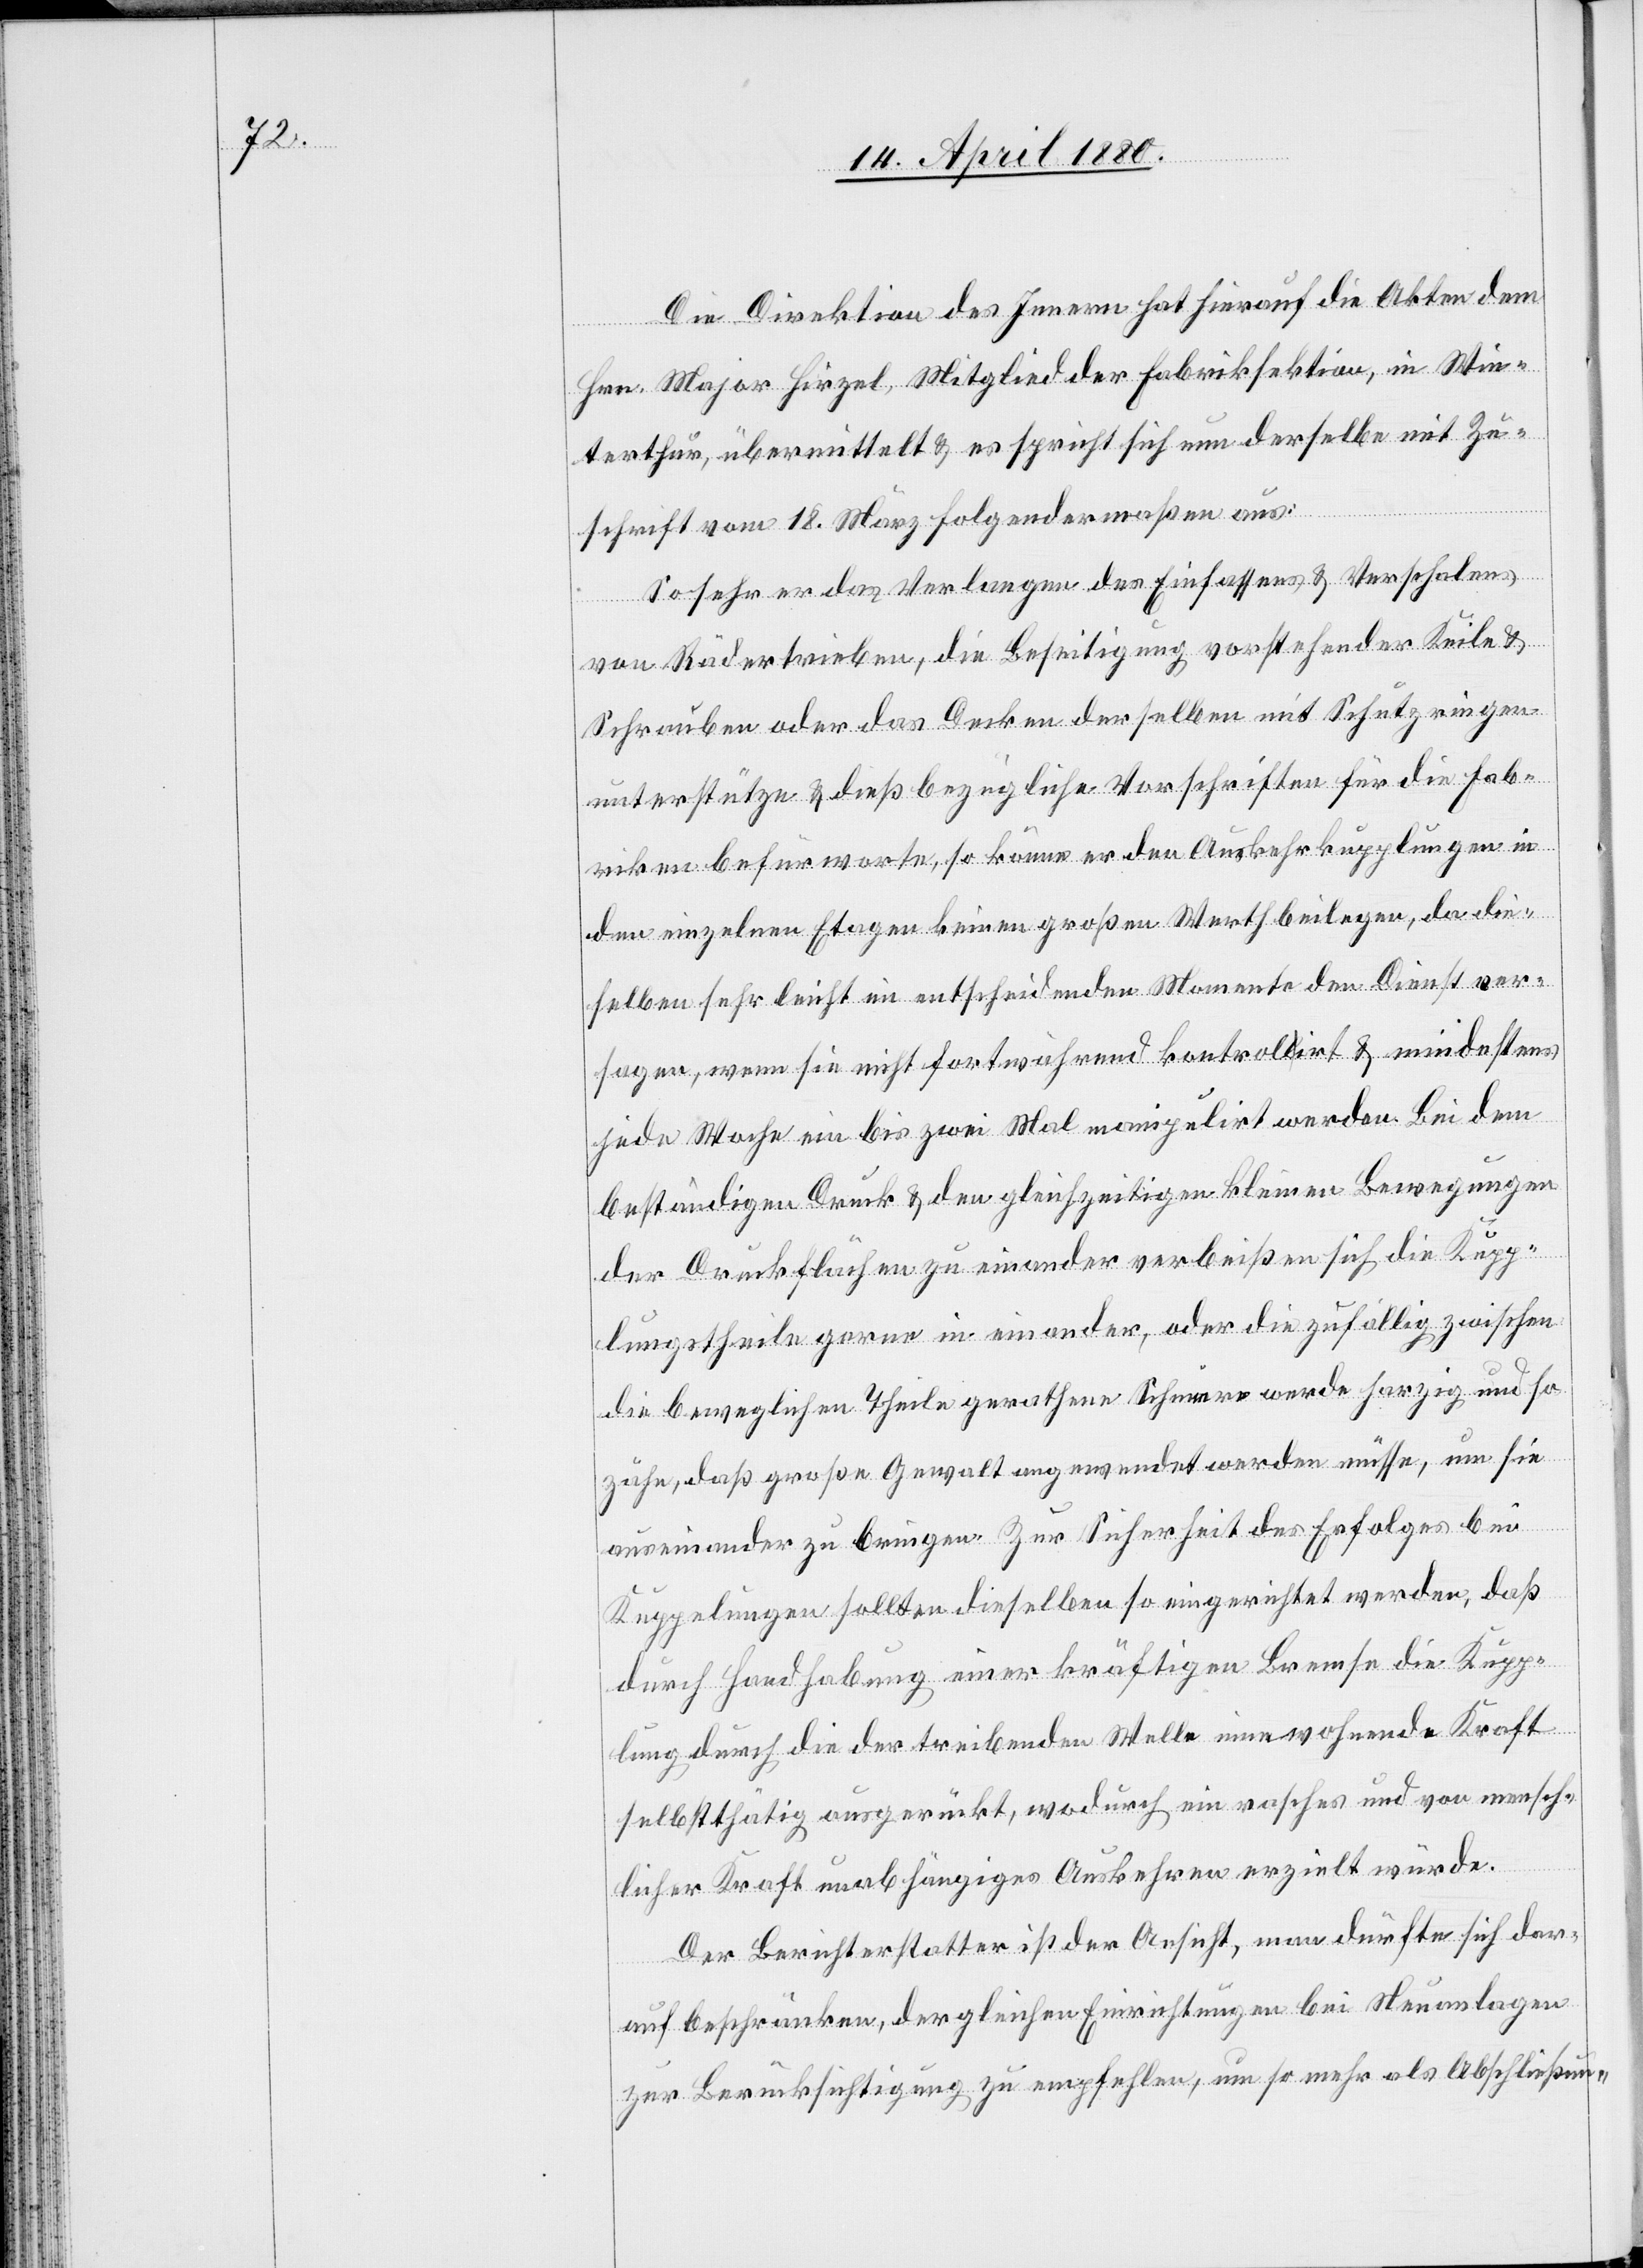
Die Direktion des Innern hat hierauf die Akten dem
Hrn. Major Hirzel, Mitglied der Fabriksektion, in Win¬
terthur, übermittelt & es spricht sich nun derselbe mit Zu¬
schrift vom 18. März folgendermaßen aus:
So sehr das Verlangen des Einfassens & Verschalens
von Rädertrieben, die Beseitigung vorstehender Keile &
Schrauben oder das Decken derselben mit Schützringen
unterstütze & dießbezügliche Vorschriften für die Fab¬
riken befürworte, so könne er den Auskehrkupplungen in
den einzelnen Etagen keinen großen Werth beilegen, da die¬
selben sehr leicht im entscheidenden Momente den Dienst ver¬
sagen, wenn sie nicht fortwährend kontrolirt & mindestens
jede Woche ein bis zwei Mal manipulirt werden. Bei dem
beständigen Druck & den gleichzeitigen kleinen Bewegungen
der Druckflächen zu einander verbeißen sich die Kupp¬
lungstheile gerne in einander, oder die zufällig zwischen
die beweglichen Theil gerathene [?Scheure] werde harzig und so
zähe, daß große Gewalt angewendet werden müsse, um sie
auseinander zu bringen. Zur Sicherheit des Erfolges bei
Kuppelungen sollten dieselben so eingerichtet werden, daß
durch Handhabung einer kräftigen Bremse die Kupp¬
lung durch die der treibenden Welle innewohnende Kraft
selbstthätig ausgerückt, wodurch ein rasches und von mensch¬
licher Kraft unabhängiges Auskehren erzielt würde.
Der Berichterstatter ist der Ansicht, man dürfte sich dar¬
auf beschränken, der gleichen Einrichtungen bei Neuanlagen
zur Berücksichtigung zu empfehlen, um so mehr als Abschließun-